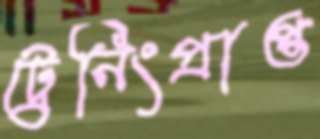
ট্রেনিংপ্রাপ্ত